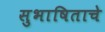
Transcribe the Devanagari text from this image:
सुभाषिताचे